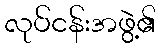
လုပ်ငန်းအဖွဲ့၏